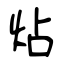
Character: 炶